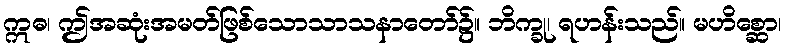
ဣဓ၊ ဤအဆုံးအမတ်ဖြစ်သောသာသနာတော်၌။ ဘိက္ခု၊ ရဟန်းသည်။ မဟိစ္ဆော၊